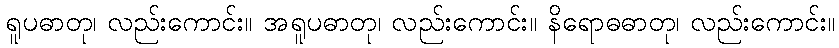
ရူပဓာတု၊ လည်းကောင်း။ အရူပဓာတု၊ လည်းကောင်း။ နိရောဓဓာတု၊ လည်းကောင်း။